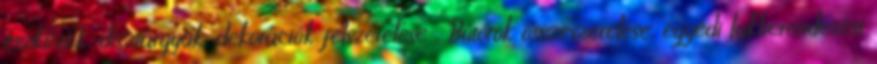
eszközök, dísztárgyak, dekorációk felszerelése . Bútorok összeszerelése, egyedi lakberendezési